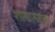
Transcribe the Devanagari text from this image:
शाखासंख्या